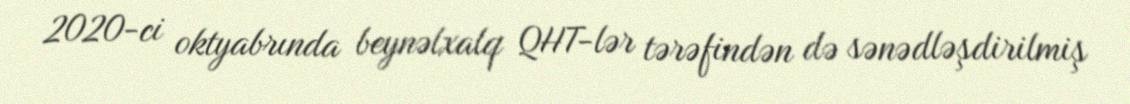
2020-ci oktyabrında beynəlxalq QHT-lər tərəfindən də sənədləşdirilmiş